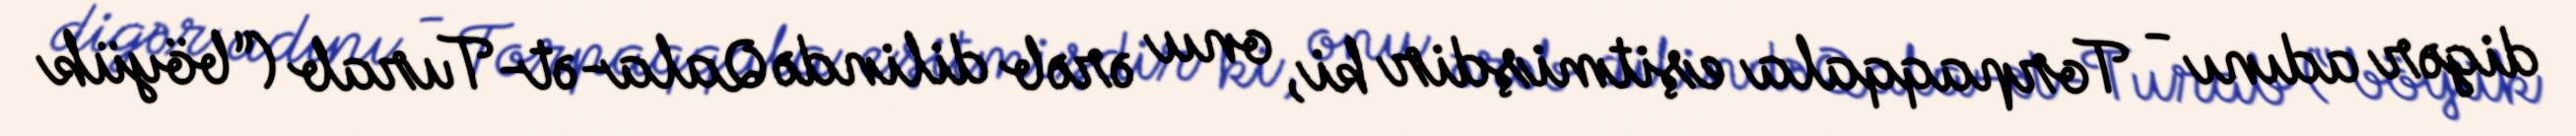
digər adını - Torpaqqala eşitmişdir ki, onu ərəb dilində Qala-ət-Turab (“böyük